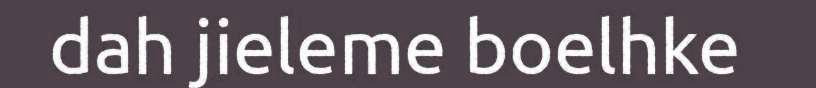
dah jieleme boelhke